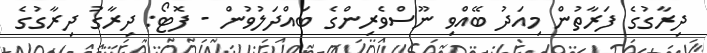
ދިރާގުގެ ފަރާތުން މިއަދު ބޭއްވި ނޫސްވެރިންގެ ބައްދަލުވުން - ފޮޓޯ: ދިރާގު ދިރާގުގެ